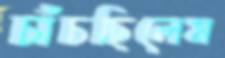
চাঁচছিলেম